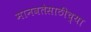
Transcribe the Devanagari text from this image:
मानवतेसाठीच्या